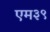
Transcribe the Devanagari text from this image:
एम३९